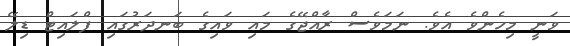
ވަނީ މިހެންވެ އެވެ. ނަމަވެސް ރާއްޖޭގެ މައި ވައިގެ ބަނދަރުގައި ފްލައިޓް ޑިލޭ